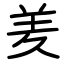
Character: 羑